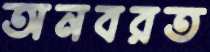
অনবরত